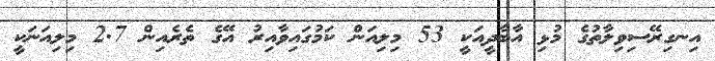
އިނގިރޭސިވިލާތުގެ މުޅި އާބާދީއަކީ 53 މިލިއަން ކަމުގައިވާއިރު އޭގެ ތެރެއިން 2.7 މިލިއަނަކީ